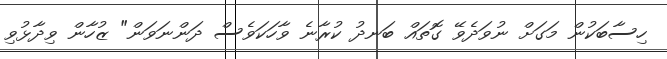
ހިސާބަކުން މަގަށް ނުވަދެވޭ ގޮތައް ބަނދު ކުރާނެ ވާހަކަވެސް ދަންނަވަން" ޒުހާން ވިދާޅުވި